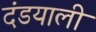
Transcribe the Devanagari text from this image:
दंडयाली